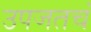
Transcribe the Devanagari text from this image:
उपजतचं